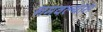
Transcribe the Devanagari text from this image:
नमवल्यास